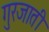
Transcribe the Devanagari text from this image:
गुरजाती